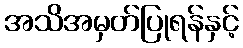
အသိအမှတ်ပြုရန်နှင့်